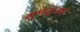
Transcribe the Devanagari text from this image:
गुणसूत्राचे